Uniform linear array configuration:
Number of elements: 16
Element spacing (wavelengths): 1
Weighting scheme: binomial
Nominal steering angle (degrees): -60
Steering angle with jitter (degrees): -60.029
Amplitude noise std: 0.05
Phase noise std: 0.05

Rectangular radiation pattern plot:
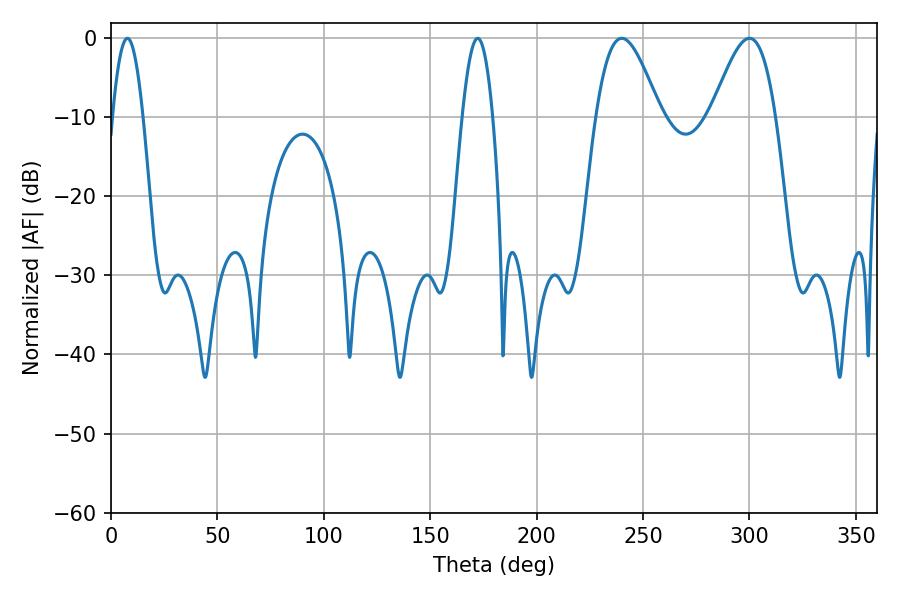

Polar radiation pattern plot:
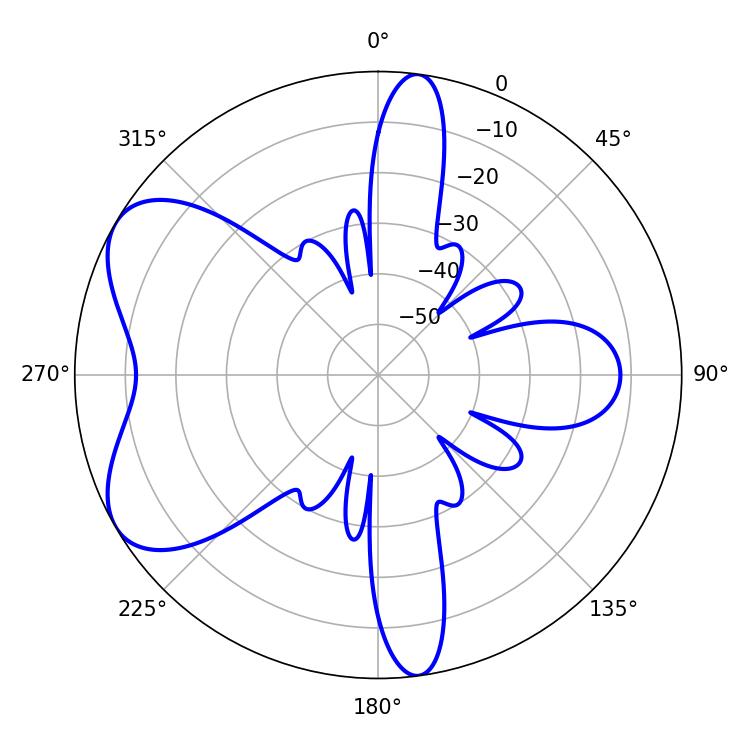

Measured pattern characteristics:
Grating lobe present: TRUE
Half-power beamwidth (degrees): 16.2
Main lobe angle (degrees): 239.94